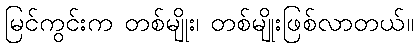
မြင်ကွင်းက တစ်မျိုး၊ တစ်မျိုးဖြစ်လာတယ်။